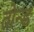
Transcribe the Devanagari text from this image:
तोन्ड